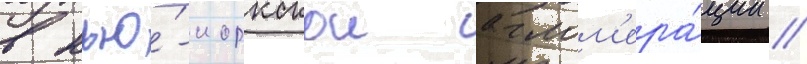
в нью́-иоркскои аглом'ера́ции //